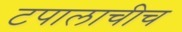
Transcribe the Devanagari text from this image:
टपालाचीच